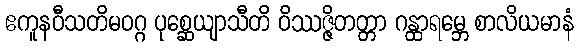
ဧကူနဝီသတိမဝဂ္ဂ ပုစ္ဆေယျာသီတိ ဝိဿဇ္ဇိတတ္တာ ဂန္ထာရမ္ဘေ စာလိယမာနံ